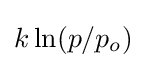
k\ln(p/p_{o})